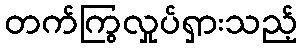
တက်ကြွလှုပ်ရှားသည့်